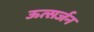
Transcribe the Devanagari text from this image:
ऊत्सर्जन